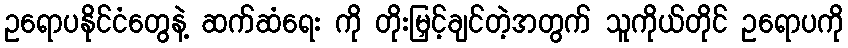
ဥရောပနိုင်ငံတွေနဲ့ ဆက်ဆံရေး ကို တိုးမြှင့်ချင်တဲ့အတွက် သူကိုယ်တိုင် ဥရောပကို